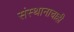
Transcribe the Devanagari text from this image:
संस्थानाचाही